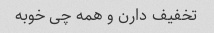
تخفیف دارن و همه چی خوبه